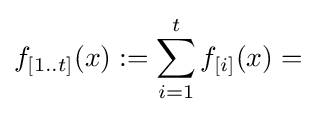
f_{[1..t]}(x):=\sum _{i=1}^{t}f_{[i]}(x)=